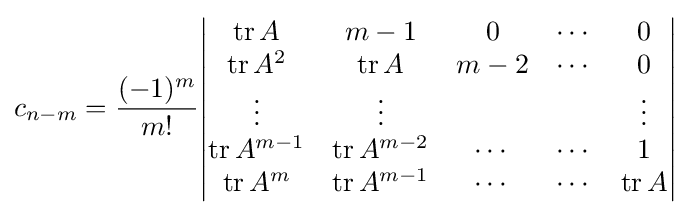
c_{n-m}={\frac {(-1)^{m}}{m!}}{\begin{vmatrix}\operatorname {tr} A&m-1&0&\cdots &0\\\operatorname {tr} A^{2}&\operatorname {tr} A&m-2&\cdots &0\\\vdots &\vdots &&&\vdots \\\operatorname {tr} A^{m-1}&\operatorname {tr} A^{m-2}&\cdots &\cdots &1\\\operatorname {tr} A^{m}&\operatorname {tr} A^{m-1}&\cdots &\cdots &\operatorname {tr} A\end{vmatrix}}~